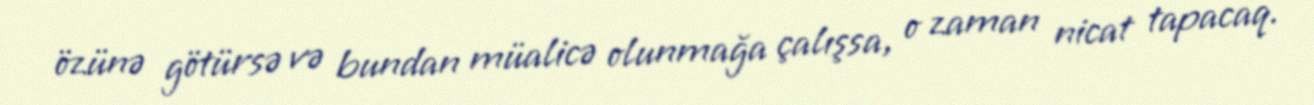
özünə götürsə və bundan müalicə olunmağa çalışsa, o zaman nicat tapacaq.